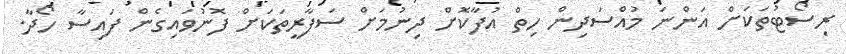
ރިސޯޓުތަކަށް އަންނަ މުއްސަދިން ހިތް އުފާކޮށް ދިނުމަށް ސަފާރީތަކަށް ފޮނުވައިގެން ފައިސާ ހޯދާ.